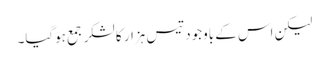
لیکن اس کے باوجود تیس ہزار کا لشکر جمع ہوگیا۔